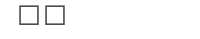
٢٩